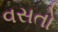
વસતો